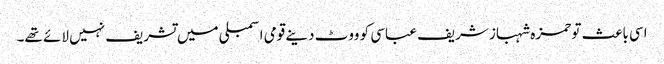
اسی باعث تو حمزہ شہباز شریف عباسی کو ووٹ دینے قومی اسمبلی میں تشریف نہیں لائے تھے۔